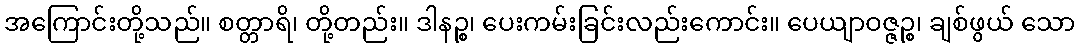
အကြောင်းတို့သည်။ စတ္တာရိ၊ တို့တည်း။ ဒါနဉ္စ၊ ပေးကမ်းခြင်းလည်းကောင်း။ ပေယျာဝဇ္ဇဉ္စ၊ ချစ်ဖွယ် သော